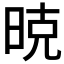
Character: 𰖇